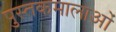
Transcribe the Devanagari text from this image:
पुस्तकमालाओं